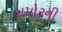
બપોરની